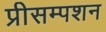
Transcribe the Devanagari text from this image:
प्रीसम्पशन